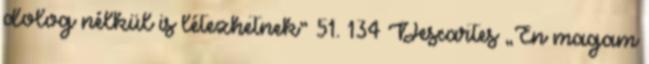
dolog nélkül is létezhetnek” 51. 134 Descartes „Én magam